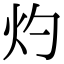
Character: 灼